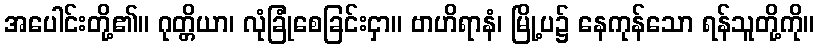
အပေါင်းတို့၏။ ဂုတ္တိယာ၊ လုံခြုံစေခြင်းငှာ။ ဗာဟိရာနံ၊ မြို့ပ၌ နေကုန်သော ရန်သူတို့ကို။